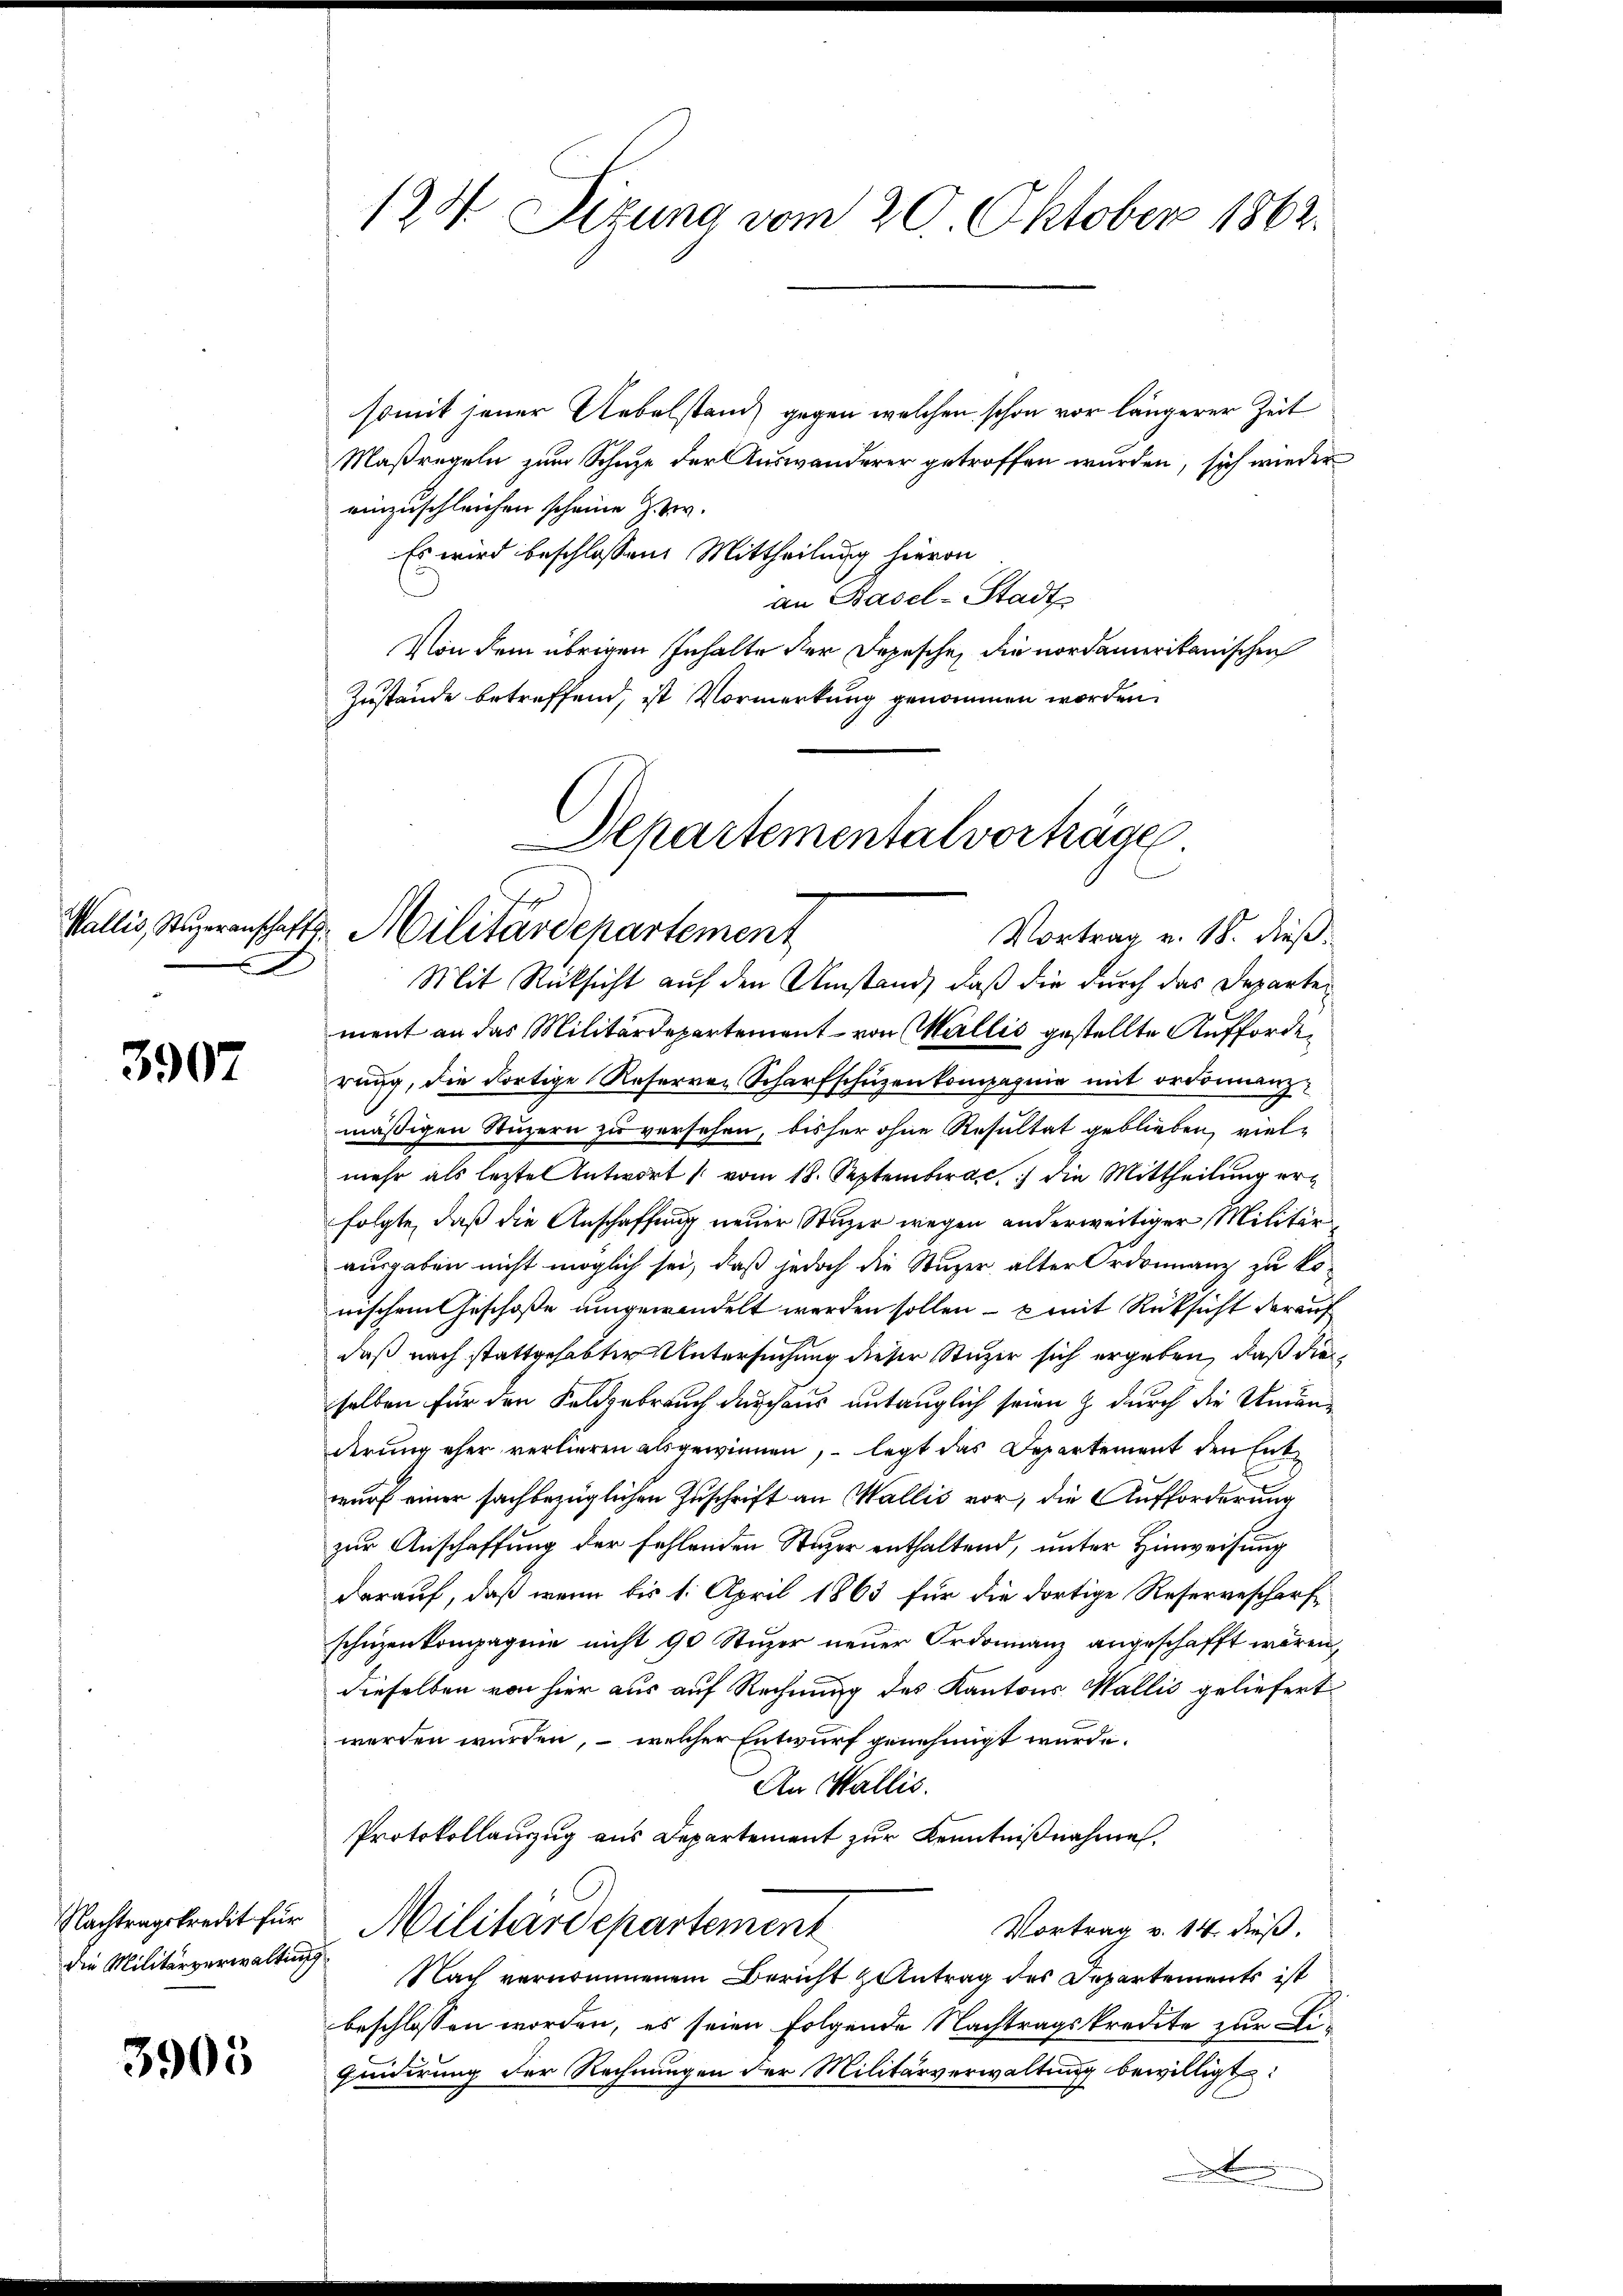
3907

die Militärverwaltung

3905

124. Sizung vom 20. Oktober 1862.

somit jener Uebelstand, gegen welchen schon vor längerer Zeit
Maßregeln zum Schuze der Auswanderer getroffen wurden, sich wieder
einzuschleichen scheine z. Z.
Es wird beschlossen: Mittheilung hievon
an Basel-Stadt
Von dem übrigen Inhalte der Depesche, die nordamerikanischen
Zustände betreffend, ist Vormerkung genommen worden.

Departementalvorträge
Wallis, Superanschafts-Militärdepartement
Vortrag v. 18. dieß
Mit Rücksicht auf den Umstand, daß die durch das Departe

ment an das Militärdepartement von Wallis gestellte Aufforderung, die dortige Reserren Scharfschüzenkompagnie mit ordonnanzmäßigen Stuzern zu versehen, bisher ohne Resultat geblieben, vielmehr als letzte Antwort vom 18. Septembrac, die Mittheilung erfolgte, daß die Anschaffung neuer Stuzer wegen anderweitiger Militär
ausgaben nicht möglich sei, daß jedoch die Stuzer, alter Ordonnanz zu kowischem Geschoße umgewandelt werden sollen – & mit Rücksicht darauf
daß nach stattgehabter Untersuchung dieser Stuzer sich ergeben, daß die
selben für den Feldgebrauch durchaus untauglich seien & durch die Veranderung eher verlieren als gewinnen, – legt das Departement den Entwurf einer sachbezüglichen Zuschrift an Wallis vor, die Aufforderung
zur Anschaffung der fehlenden Stuzer enthaltend, unter Hinweisung
darauf, daß wenn bis 1. April 1863 für die dortige Reserveschärfschuzenkompagnie nicht 90 Stuzer neuer Ordonnanz angeschafft wären,
dieselben von hier aus auf Rechnung des Kantons Wallis geliefert
werden würden, – welcher Entwurf genehmigt wurde.
An Wallis.
Protokollanzug aus Departement zur Kenntnißnahme.
Nachtragskredit für Militärdepartement
Vortrag v. 14. dieß.
Nach vernommenem Bericht Zentrag des Departements ist
beschlossen worden, es seien folgende Nachtragskredite zur Ei-
Quidirung der Rechnungen der Militärverwaltung bewilligt: